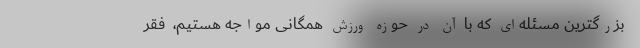
بزرگترین مسئله‌ای که با آن در حوزه ورزش همگانی مواجه هستیم، ‌ فقر